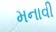
મનાવી